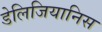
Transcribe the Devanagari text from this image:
डेलिजियानिस